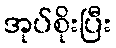
အုပ်စိုးပြီး